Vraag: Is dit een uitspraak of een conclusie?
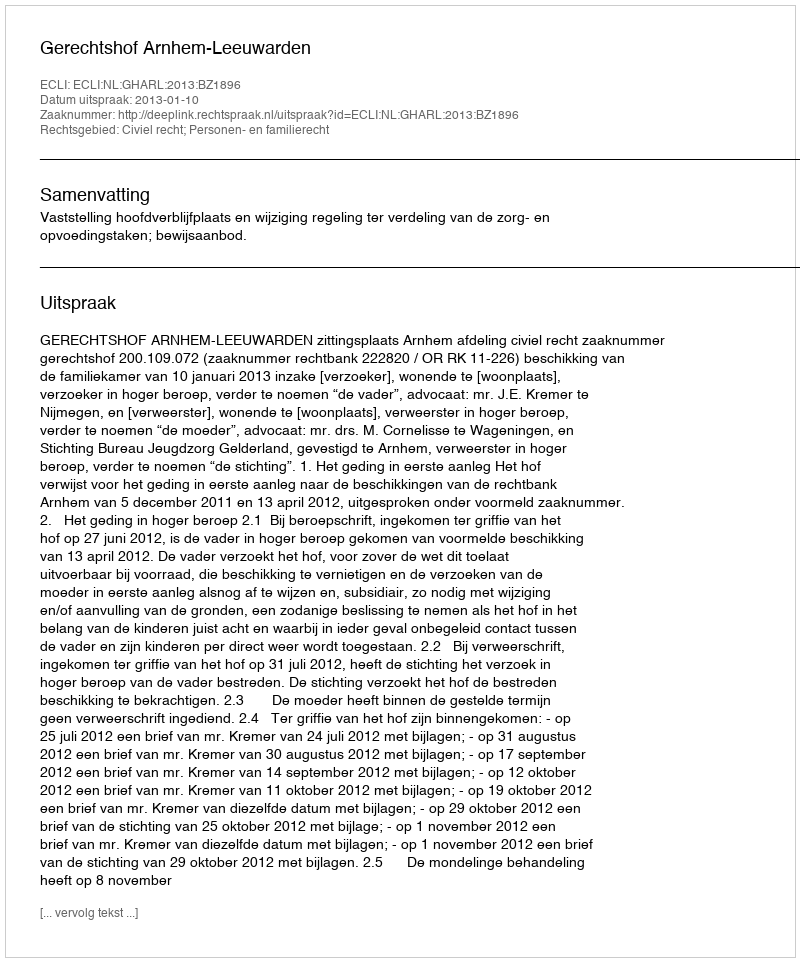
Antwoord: Uitspraak